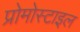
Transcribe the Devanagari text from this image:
प्रोमोस्टाइल